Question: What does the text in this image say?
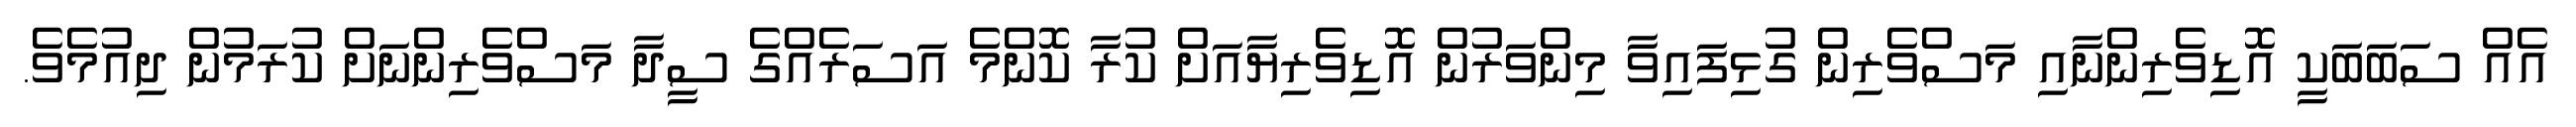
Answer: އެއް ސަބަބަކީ އޮޑިވެރިންނާއި މަސްވެރިން ގުޅިފައިވާ މިންވަރުން އޮޑިވެރިޔާއަށް ކުރާ ކޮންމެ އަސަރެއްގެ ސީދާ މަސްވެރިންނަށް ކުރަމުން ދިއުމެވެ.